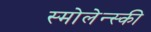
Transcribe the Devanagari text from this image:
स्मोलेन्स्की